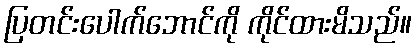
ပြတင်းပေါက်ဘောင်ကို ကိုင်ထားမိသည်။